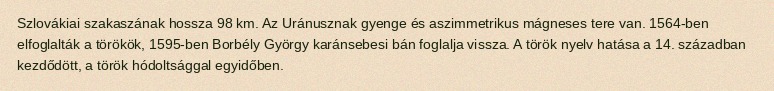
Szlovákiai szakaszának hossza 98 km. Az Uránusznak gyenge és aszimmetrikus mágneses tere van. 1564-ben elfoglalták a törökök, 1595-ben Borbély György karánsebesi bán foglalja vissza. A török nyelv hatása a 14. században kezdődött, a török hódoltsággal egyidőben.